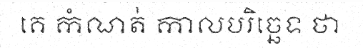
គេ កំណត់ កាលបរិច្ឆេទ ថា